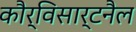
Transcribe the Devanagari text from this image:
कौर्विसार्टनैल